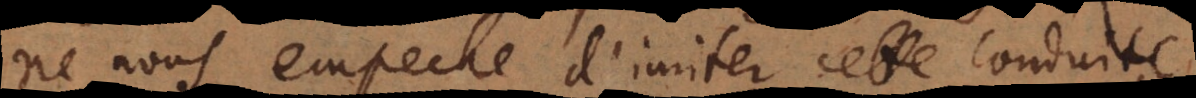
ne nous empeche d’imiter cette conduite